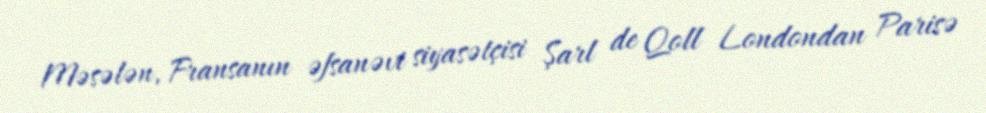
Məsələn, Fransanın əfsanəvi siyasətçisi Şarl de Qoll Londondan Parisə